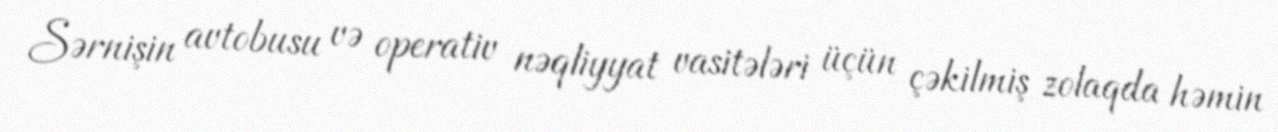
Sərnişin avtobusu və operativ nəqliyyat vasitələri üçün çəkilmiş zolaqda həmin